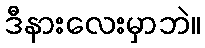
ဒီနားလေးမှာဘဲ။